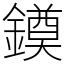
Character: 䥖